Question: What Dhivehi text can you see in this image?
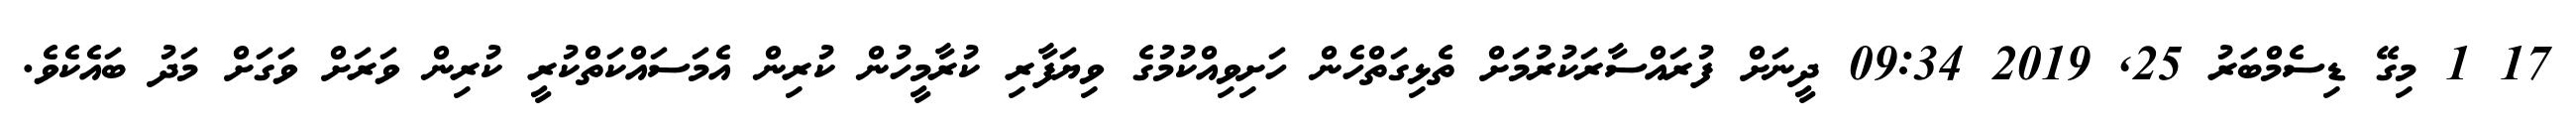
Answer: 17 1 މިގޭ ޑިސެމްބަރު 25, 2019 09:34 ދީނަށް ފުރައްސާރަކުރުމަށް ތެޅިގަތްހެން ހަށިވިއްކުމުގެ ވިޔަފާރި ކުރާމީހުން ކުރިން އެމަސައްކަތްކުރީ ކުރިން ވަރަށް ވަގަށް މަދު ބައެކެވެ.